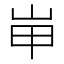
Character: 𱛖